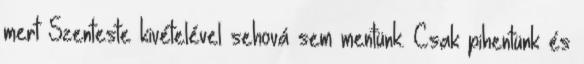
mert Szenteste kivételével sehová sem mentünk. Csak pihentünk és